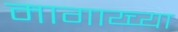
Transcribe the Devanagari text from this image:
मागाय्च्या